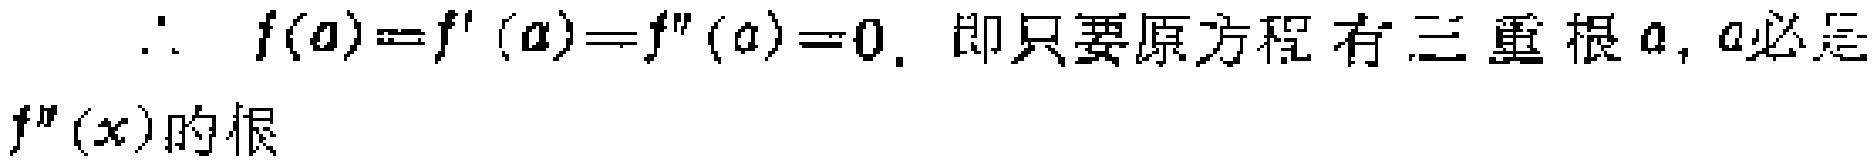
\(\therefore\ f(a)=f^{\prime}(a)=f^{\prime\prime}(a)=0.\) 即只要原方程有三重根\(a\), \(a\)必是\(f^{\prime\prime}(x)\)的根